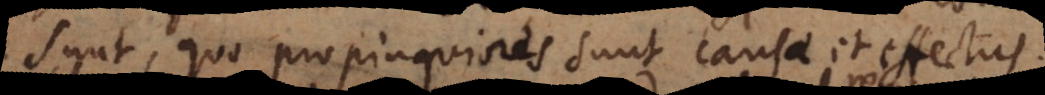
sunt, quo propinquiores sunt causae et effectus.